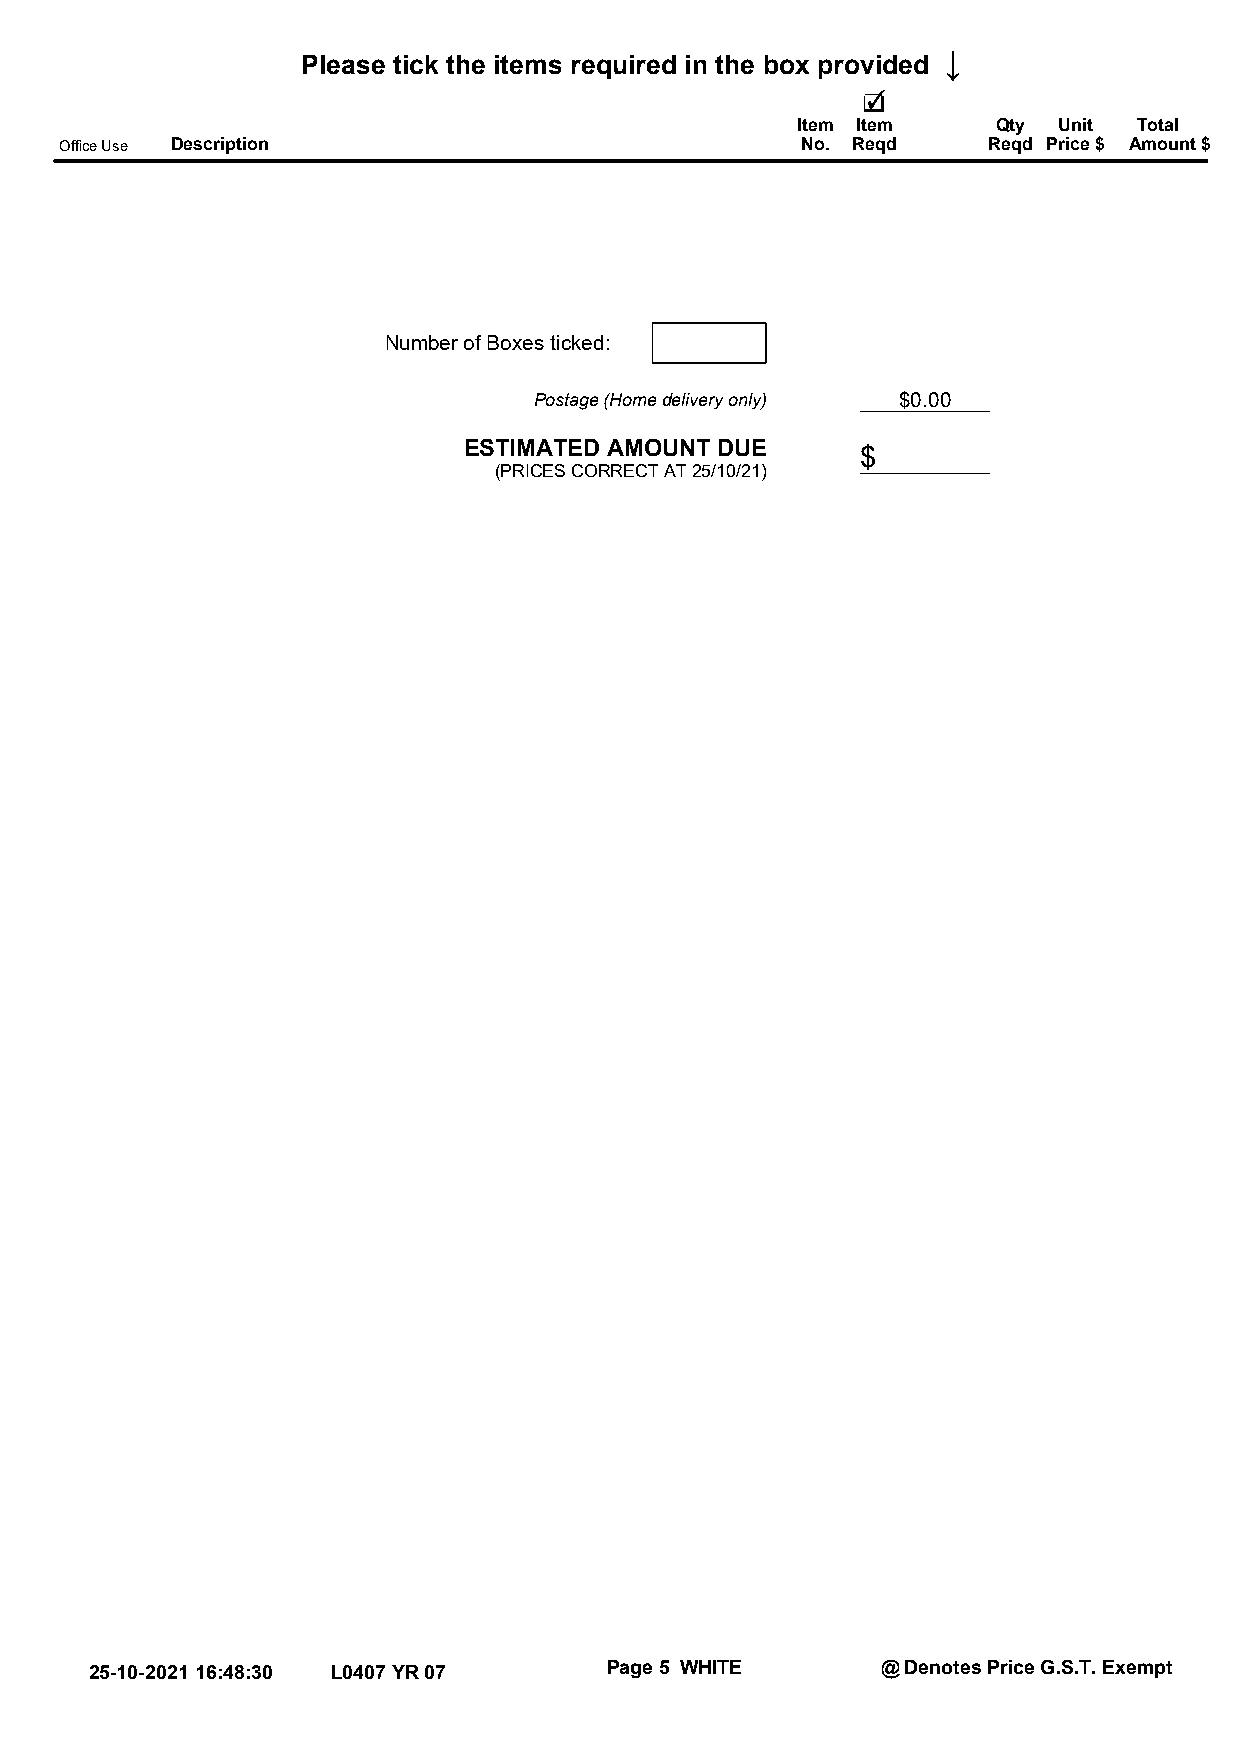
↓
 Please tick the items required in the box provided
 Item Item    Qty Unit Total
 Office Use Description                           No. Reqd    Reqd Price $ Amount $
 Number of Boxes ticked:
 Postage (Home delivery only) $0.00
 ESTIMATED AMOUNT DUE
 $
 (PRICES CORRECT AT 25/10/21)
 25-10-2021 16:48:30 L0407 YR 07   Page 5 WHITE      @ Denotes Price G.S.T. Exempt